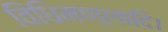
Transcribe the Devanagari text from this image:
विधिमण्लादि।